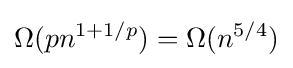
\Omega (pn^{1+1/p})=\Omega (n^{5/4})